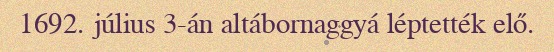
1692. július 3-án altábornaggyá léptették elő.